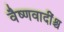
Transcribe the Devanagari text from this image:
वैष्णवादींश्च